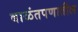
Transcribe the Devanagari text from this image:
बाळंतपणातील